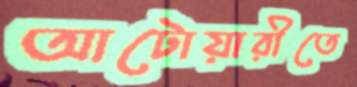
আটোয়ারীতে